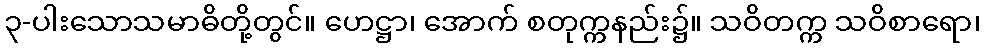
၃-ပါးသောသမာဓိတို့တွင်။ ဟေဋ္ဌာ၊ အောက် စတုက္ကနည်း၌။ သဝိတက္က သဝိစာရော၊